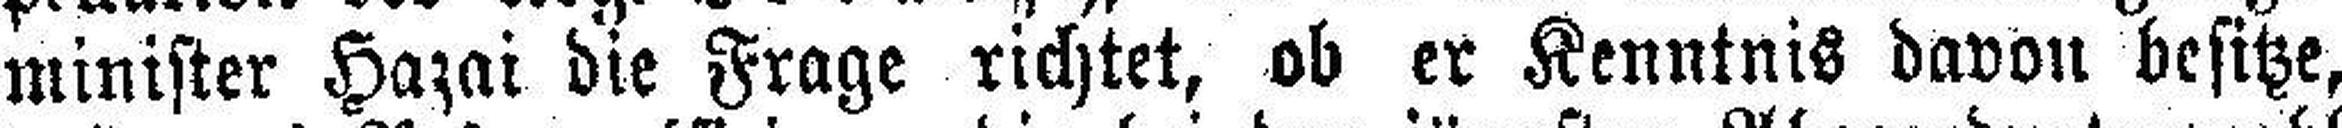
minister Hazai die Frage richtet, ob er Kenntnis davon besitze,